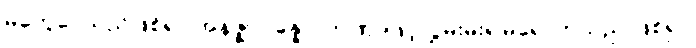
မတွေဝေသည်ဖြစ်၍။ အနဇ္ဈာပန္နော၊ တဏှာဖြင့်လွှမ်းမိုး၍မရောက်သည် ဖြစ်၍။